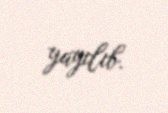
yayılıb.